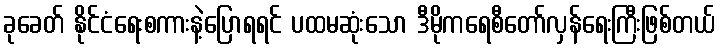
ခုခေတ် နိုင်ငံရေးစကားနဲ့ပြောရရင် ပထမဆုံးသော ဒီမိုကရေစီတော်လှန်ရေးကြီးဖြစ်တယ်